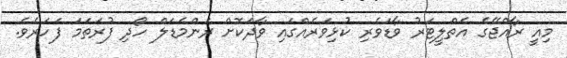
މިއީ ރާއްޖޭގެ އެތްލީޓަރު ވާޑަވެރި ކުޅިވަރެއްގައި ވާދަކޮށް ރަންމެޑަލް ހޯދި ފުރަތަމަ ފަހަރެވެ.